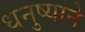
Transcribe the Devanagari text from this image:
धनुष्याने